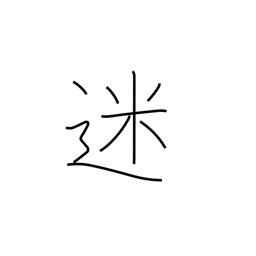
Meaning: in doubt